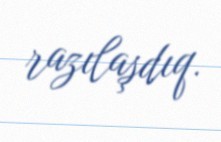
razılaşdıq.